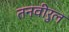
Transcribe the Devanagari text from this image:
तनवीरुल